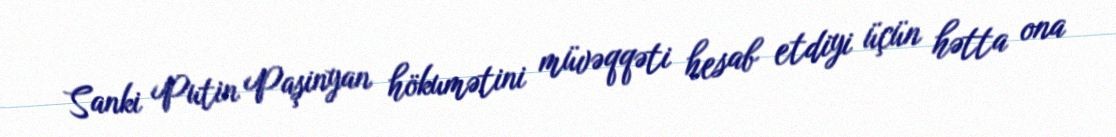
Sanki Putin Paşinyan hökumətini müvəqqəti hesab etdiyi üçün hətta ona